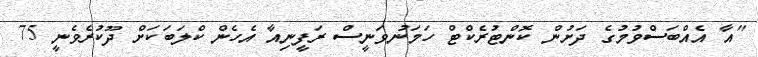
"އާ އެއްބަސްވުމުގެ ދަށުން ކޮންޓުރެކްޓް ހަމަނުވަނީސް ރަފީނިއާ އެހެން ކްލަބަކަށް ދޫކުރެވެނީ 75